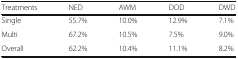
| Treatments | NED | AWM | DOD | DWD |
 | --- | --- | --- | --- | --- |
 | Single | 55.7% | 10.0% | 12.9% | 7.1% |
 | Multi | 67.2% | 10.5% | 7.5% | 9.0% |
 | Overall | 62.2% | 10.4% | 11.1% | 8.2% |